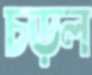
চড়ল